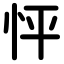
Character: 怦